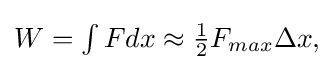
{\textstyle W=\int Fdx\approx {\frac {1}{2}}F_{max}\Delta x,}